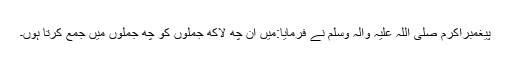
پیغمبراکرم صلی اللہ علیہ وآلہ وسلم نے فرمایا:میں ان چھ لاکھ جملوں کو چھ جملوں میں جمع کرتا ہوں۔